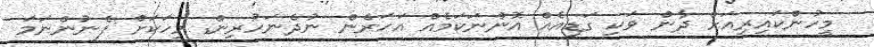
މީހުންކައިރިއަށް ދާން ވަކި ގަޑިއެއް އޮންނަކަމެއް އަހަރެން ނުދެނަހުރިން